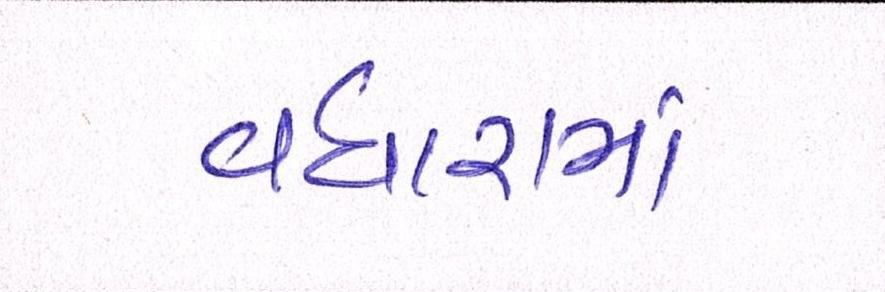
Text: વધારામાં